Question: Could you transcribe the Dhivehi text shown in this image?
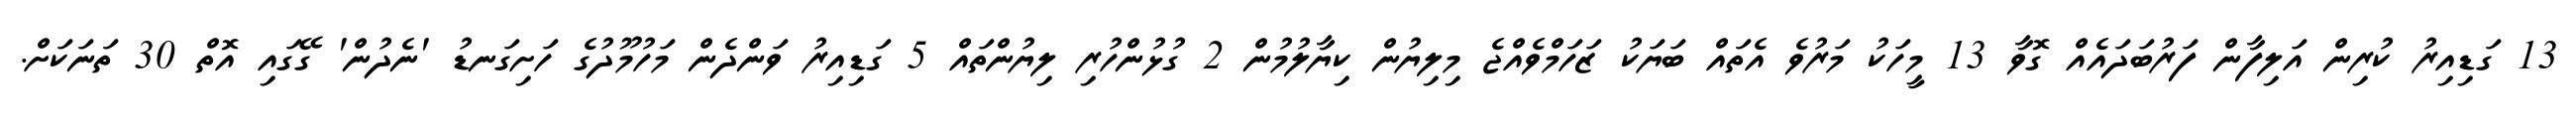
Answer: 13 ގަޑިއިރު ކުރިން އަލިފާން ފަރުބަދައެއް ގޮވާ 13 މީހަކު މަރުވެ އެތައް ބަޔަކު ޒަހަމްވެއްޖެ މިލިޔުން ކިޔާލުމުން 2 ގުޅުންހުރި ލިޔުންތައް 5 ގަޑިއިރު ވަންދެން މަހުމޫދުގެ ހަށިގަނޑު 'ނެދުން' ގޭގައި އޮތް 30 ތަނަކަށް.